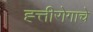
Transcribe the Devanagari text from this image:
ह्त्तीरोगाचे